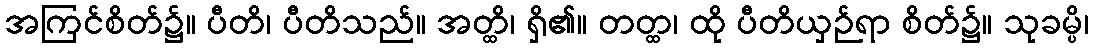
အကြင်စိတ်၌။ ပီတိ၊ ပီတိသည်။ အတ္ထိ၊ ရှိ၏။ တတ္ထ၊ ထို ပီတိယှဉ်ရာ စိတ်၌။ သုခမ္ပိ၊